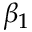
\beta _ { 1 }